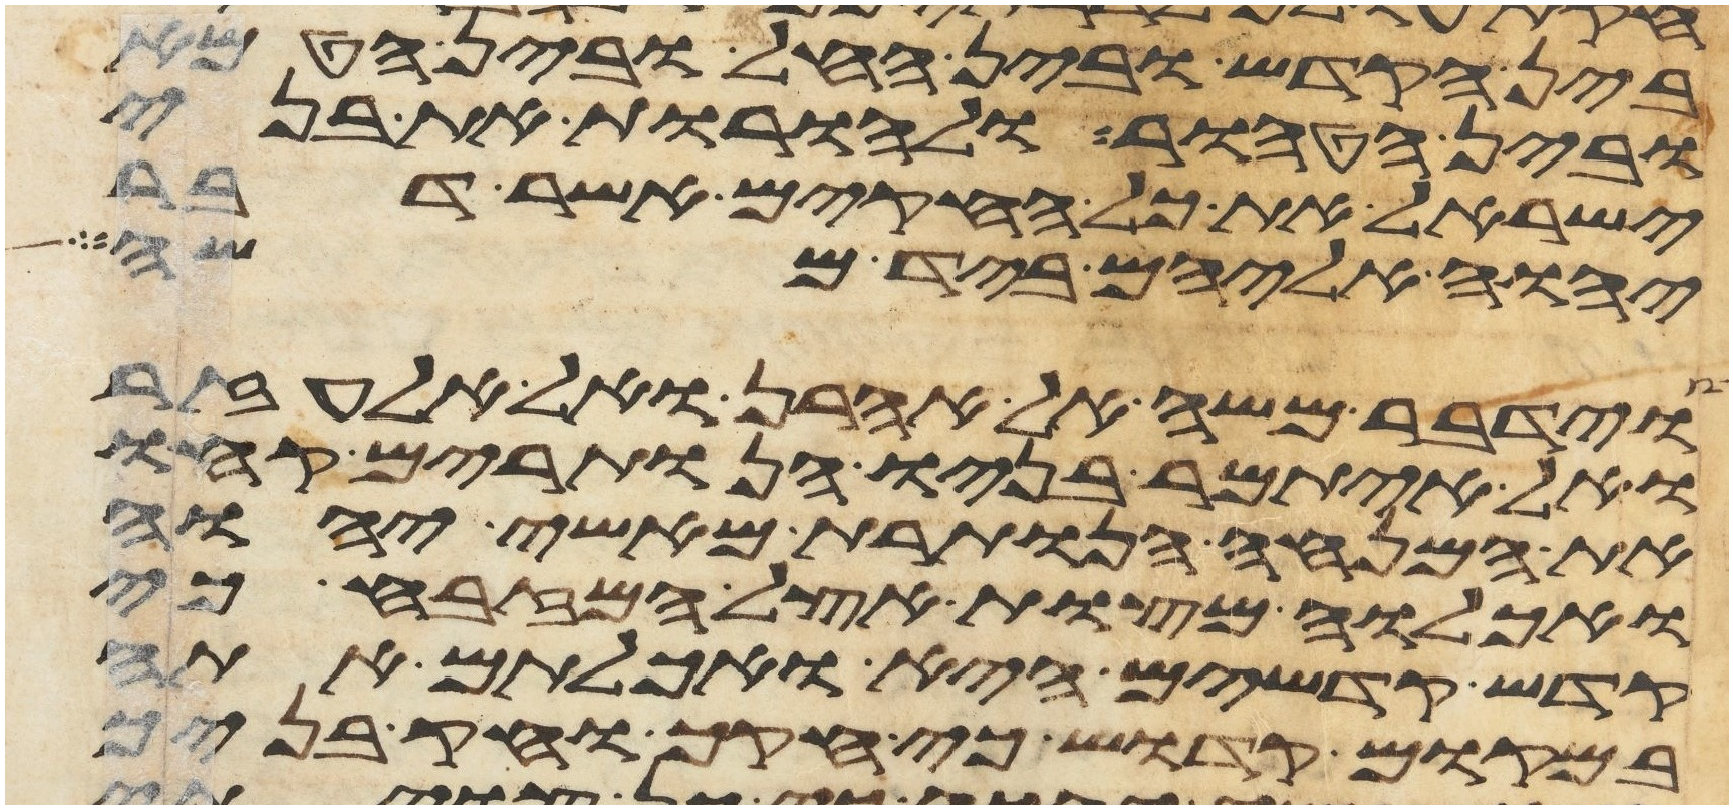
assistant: בין הקדש ובין החל ובין הטמא
ובין הטהור ולהורות את בני
ישראל את כל החקים אשר דבר
יהוה אליהם ביד משה
וידבר משה אל אהרן ואל אלעזר
ואל איתמר בניו הנותרים קחו
את המנחה הנותרת מאשי יהוה
ואכלוה מצות אצל המזבח כי
קדש קדשים היא ואכלתם אתה
במקום קדוש כי חקך וחק בניך